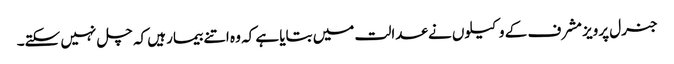
جنرل پرویز مشرف کے وکیلوں نے عدالت میں بتایا ہے کہ وہ اتنے بیمار ہیں کہ چل نہیں سکتے۔